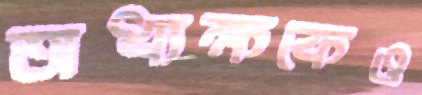
অধ্যক্ষকেও